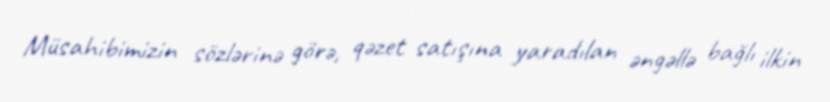
Müsahibimizin sözlərinə görə, qəzet satışına yaradılan əngəllə bağlı ilkin